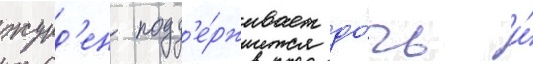
журд'ен подд'е́рживает до́чь и́